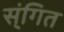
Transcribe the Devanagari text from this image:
स्ंगित